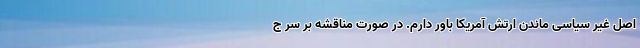
اصل غیر سیاسی ماندن ارتش آمریکا باور دارم. در صورت مناقشه بر سر ج